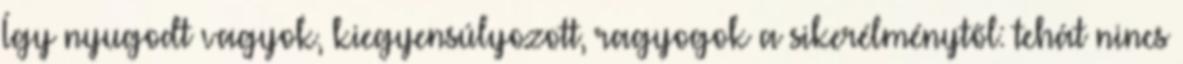
Így nyugodt vagyok, kiegyensúlyozott, ragyogok a sikerélménytől: tehát nincs